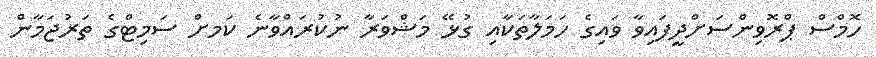
ހޮމްސް ޕްރޮވިންސަށްދީފައިވާ ވައިގެ ހަމަލާތަކާއި ގުޅޭ މަޝްވަރާ ނުކުރައްވާނެ ކަަމށް ސަމިޓްގެ ތަރުޖަމާން